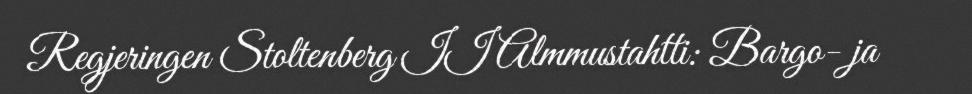
Regjeringen Stoltenberg II Almmustahtti: Bargo- ja